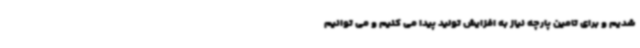
شدیم و برای تامین پارچه نیاز به افزایش تولید پیدا می کنیم و می توانیم